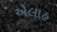
એલાહ